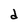
Character: d